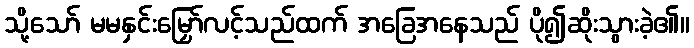
သို့သော် မမနှင်းမြှော်လင့်သည်ထက် အခြေအနေသည် ပို၍ဆိုးသွားခဲ့၏။